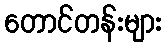
တောင်တန်းများ